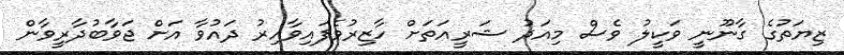
ޒިޔަތުގެ ގާނޫނީ ވަކީލު ވެސް މިއަދު ޝަރީއަތަށް ހާޒިރުވެފައިވާއިރު ދައުވާ އަށް ޖަވާބުދާރީވާން